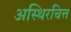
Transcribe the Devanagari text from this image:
अस्थिरचित्त